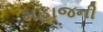
મહાજની